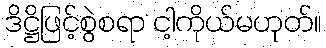
ဒိဋ္ဌိဖြင့်စွဲစရာ ငါ့ကိုယ်မဟုတ်။